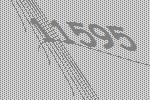
11595